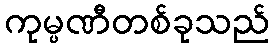
ကုမ္ပဏီတစ်ခုသည်